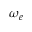
\omega _ { e }